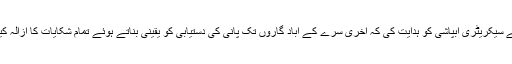
انہوں نے سیکریٹری آبپاشی کو ہدایت کی کہ آخری سرے کے آباد گاروں تک پانی کی دستیابی کو یقینی بناتے ہوئے تمام شکایات کا ازالہ کیا جائے۔